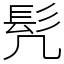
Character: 髠